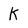
Character: K